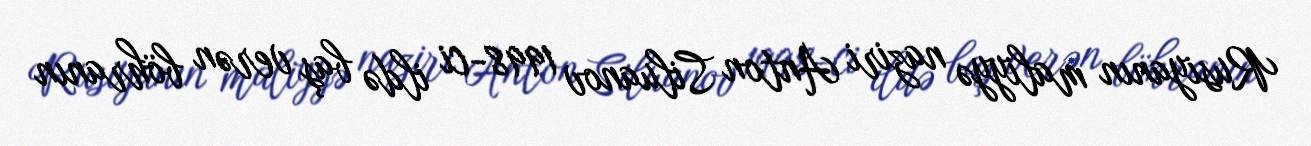
Rusiyanın maliyyə naziri Anton Siluanov 1998-ci ildə baş verən böhranın